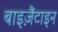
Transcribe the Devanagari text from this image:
बाइज़ैंटाइन